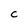
Character: c